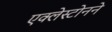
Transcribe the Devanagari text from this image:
एक्लेस्टोनने